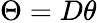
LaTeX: \Theta=D\theta